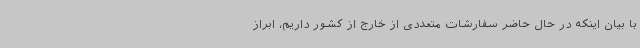
با بیان اینکه در حال حاضر سفارشات متعددی از خارج از کشور داریم، ابراز